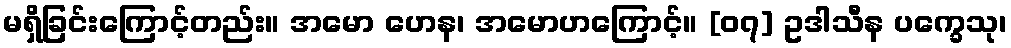
မရှိခြင်းကြောင့်တည်း။ အမော ဟေန၊ အမောဟကြောင့်။ [၀၇] ဥဒါသီန ပက္ခေသု၊